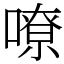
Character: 嘹